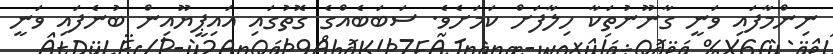
ނިންމާފައި ވަނީ ގާނޫނުތަކާ ހިލާފަށް ކަމަށެވެ. ސަބަބެއްގެ ގޮތުގައި އައިޕީޔޫއިން ބުނެފައި ވަނީ